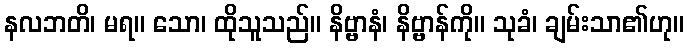
နလဘတိ၊ မရ။ သော၊ ထိုသူသည်။ နိဗ္ဗာနံ၊ နိဗ္ဗာန်ကို။ သုခံ၊ ချမ်းသာ၏ဟု။